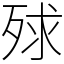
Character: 殏